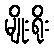
မျိုးရိုး